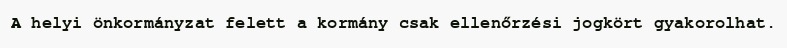
A helyi önkormányzat felett a kormány csak ellenőrzési jogkört gyakorolhat.